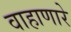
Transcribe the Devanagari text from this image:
वाहाणारे